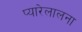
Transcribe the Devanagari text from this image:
प्यारेलालना